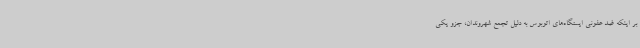
بر اینکه ضد عفونی ایستگاه‌های اتوبوس به دلیل تجمع شهروندان، جزو یکی